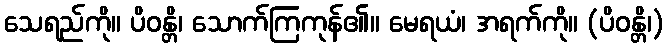
သေရည်ကို။ ပိဝန္တိ၊ သောက်ကြကုန်၏။ မေရယံ၊ အရက်ကို။ (ပိဝန္တိ၊)